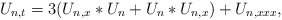
\begin{align*}U_{n,t} = 3(U_{n,x}\ast U_n + U_n\ast U_{n,x}) + U_{n,xxx},\end{align*}